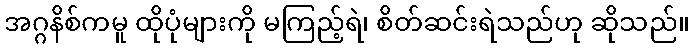
အဂ္ဂနိစ်ကမူ ထိုပုံများကို မကြည့်ရဲ၊ စိတ်ဆင်းရဲသည်ဟု ဆိုသည်။